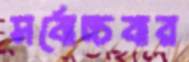
সর্বোচ্চবার